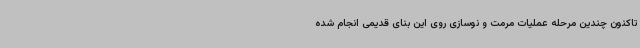
تاکنون چندین مرحله عملیات مرمت و نوسازی روی این بنای قدیمی انجام شده